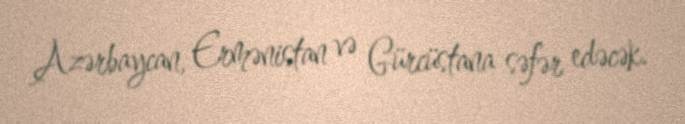
Azərbaycan, Ermənistan və Gürcüstana səfər edəcək.